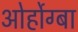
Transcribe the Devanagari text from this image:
ओर्होग्बा